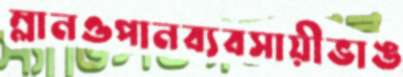
ম্লানওপানব্যবসায়ীভাঙ